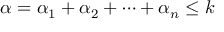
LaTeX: \alpha = \alpha _ { 1 } + \alpha _ { 2 } + \cdots + \alpha _ { n } \leq k